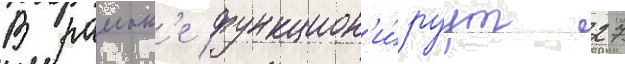
В раион'е функцион'и́руут 27